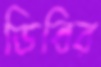
ডিবির